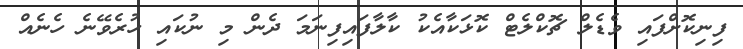
ފިނިކޮށްފައި ވެޑެލް ޗޮކްލެޓް ކޮޅަކާއެކު ކާލާފައިފިނަމަ ދެން މި ނުކައި ހުރެވޭނެ ހެނެއް